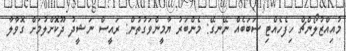
މުއިއްޒުލޯންޗް ހިފެހެއްޓި ސަބަބެއް ނޭނގޭ: މެންބަރު ޔާމީންވަގުތުން: ރައީސް ނަޝީދު ދޫކޮށްލުމަށް ގޮވާލާ